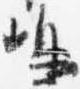
嶋